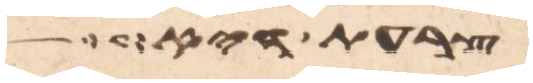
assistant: רע וישג